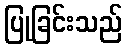
ပြုခြင်းသည်